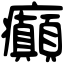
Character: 癲